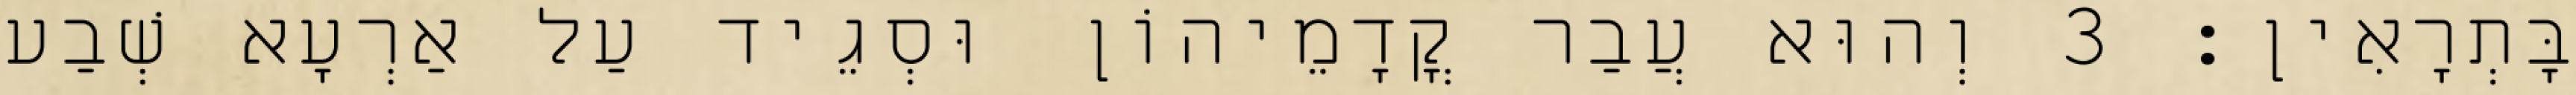
בָּתְרָאִין׃ 3 וְהוּא עֲבַר קֳדָמֵיהוֹן וּסְגֵיד עַל אַרְעָא שְׁבַע